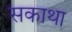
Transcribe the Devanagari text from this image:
सकाथा